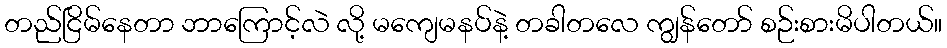
တည်ငြိမ်နေတာ ဘာကြောင့်လဲ လို့ မကျေမနပ်နဲ့ တခါတလေ ကျွန်တော် စဉ်းစားမိပါတယ်။